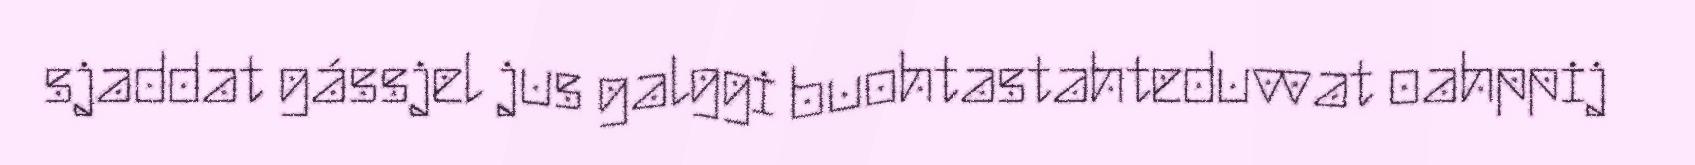
sjaddat gássjel jus galggi buohtastahteduvvat oahppij